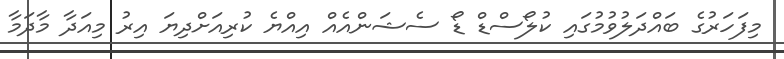
މިފަހަރުގެ ބައްދަލުވުމުގައި ކުލޯސްޑް ޑޯ ސެޝަންއެއް އިއްޔެ ކުރިއަށްދިޔަ އިރު މިއަދާ މާދަމާ